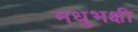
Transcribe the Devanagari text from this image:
मधुभक्षी